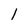
Character: 1